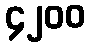
၄၂၀၀